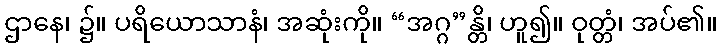
ဌာနေ၊ ၌။ ပရိယောသာနံ၊ အဆုံးကို။ “အဂ္ဂ”န္တိ၊ ဟူ၍။ ဝုတ္တံ၊ အပ်၏။